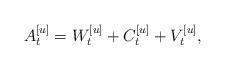
LaTeX: \begin{align*}A_t^{[u]}=W_t^{[u]}+C_t^{[u]}+V_t^{[u]},\end{align*}